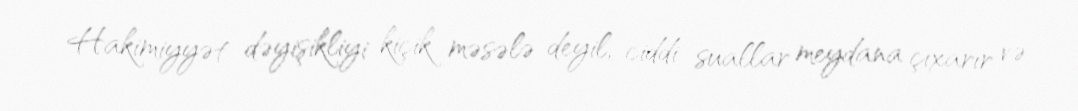
Hakimiyyət dəyişikliyi kiçik məsələ deyil, ciddi suallar meydana çıxarır və